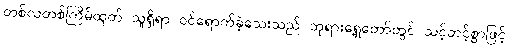
တစ်လတစ်ကြိမ်ထုတ် သူရှိရာ ဝင်ရောက်ခဲ့သေးသည် ဘုရားရှေ့တော်တွင် သင့်တင့်စွာဖြင့်